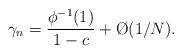
LaTeX: \begin{align*}\gamma_n = \frac{\phi^{-1}(1)}{1-c} + \O(1/N).\end{align*}